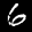
Label: 6